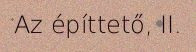
Az építtető, II.